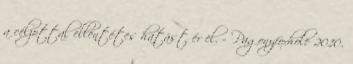
a célzottal ellentétes hatást ér el. – Pagonyfoxhole 2010.